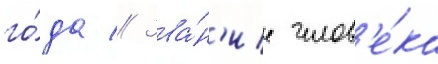
го́да // Зва́н'ие челов'е́ка